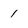
Character: 1